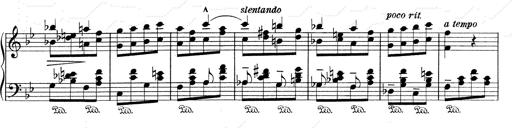
Title: RÃ©miniscences de Don Juan
Composer: Franz Liszt